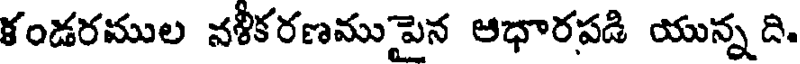
కండరముల నళీకరణముపైన ఆధారపడి యున్న ది.